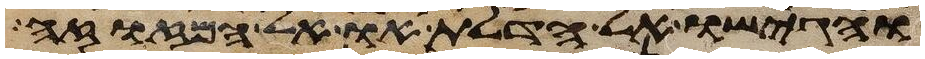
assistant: והגישו אל הדלת או אל המזוזה